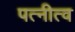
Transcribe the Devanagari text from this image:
पत्नीत्व